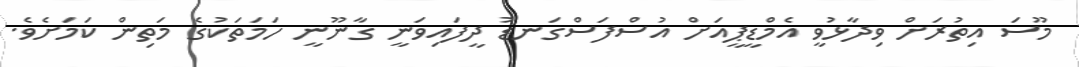
މޫސަ އިތުރަށް ވިދާޅުވީ އެމްޑީޕީއަށް އުސްފަސްގަނޑު ދީފައިވަނީ ގާނޫނީ ހަމަތަކުގެ މަތިން ކަމަށެވެ.